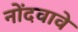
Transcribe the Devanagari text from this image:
नोंदवावे